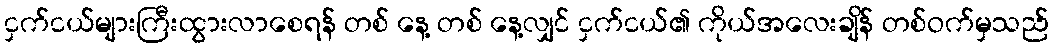
ငှက်ငယ်များကြီးထွားလာစေရန် တစ် နေ့ တစ် နေ့လျှင် ငှက်ငယ်၏ ကိုယ်အလေးချိန် တစ်ဝက်မှသည်